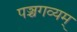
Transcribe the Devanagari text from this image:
पञ्चगव्यम्